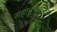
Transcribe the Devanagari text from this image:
सहानूभूतिमय